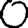
Digit: 0